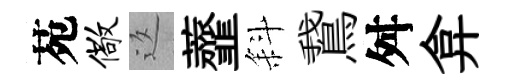
苑儆返虀斜鵞舛弇